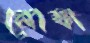
লোফা